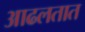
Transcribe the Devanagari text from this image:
आढलतात